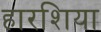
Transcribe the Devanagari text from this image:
हारशिया